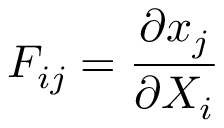
F _ { i j } = \frac { \partial x _ { j } } { \partial X _ { i } }